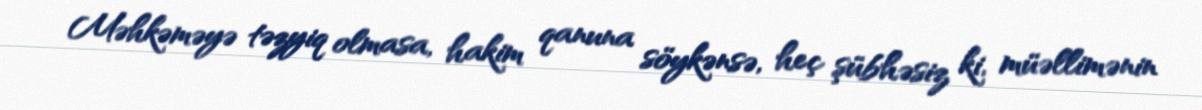
Məhkəməyə təzyiq olmasa, hakim qanuna söykənsə, heç şübhəsiz ki, müəllimənin